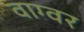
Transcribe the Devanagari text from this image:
वाग्वर